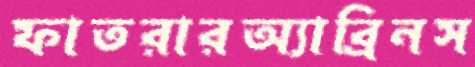
ফাতরারঅ্যাব্রিনস